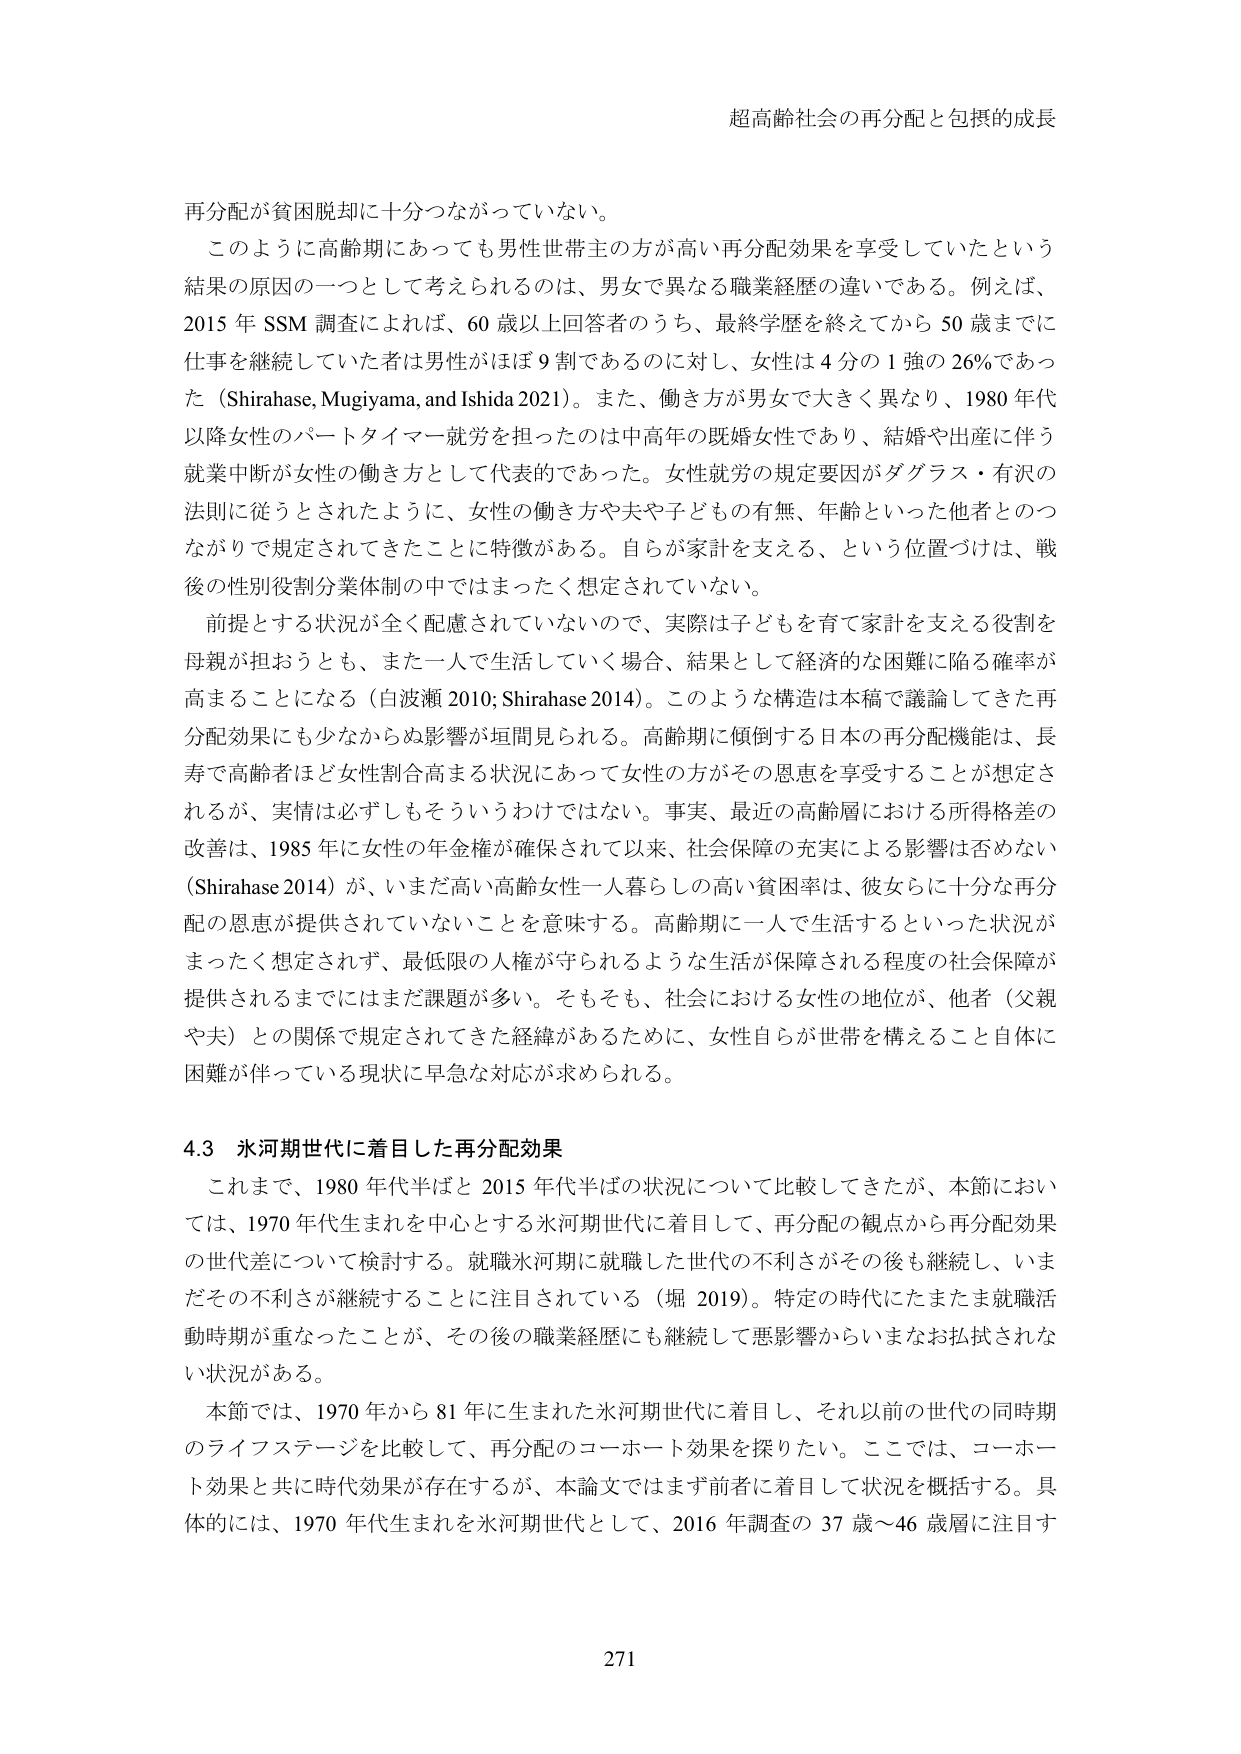
超高齢社会の再分配と包摂的成長

再分配が貧困脱却に十分つながっていない。

このように高齢期にあっても男性世帯主の方が高い再分配効果を享受していたという結果の原因の一つとして考えられるのは、男女で異なる職業経歴の違いである。例えば、2015年SSM調査によれば、60歳以上回答者のうち、最終学歴を終えてから50歳までに仕事を継続していた者は男性がほぼ9割であるのに対し、女性は4分の1強の26％であった（Shirahase, Mugiyma, and Ishida 2021）。また、働き方が男女で大きく異なり、1980年代以降女性のパートタイマー就労を担ったのは中高年の既婚女性であり、結婚や出産に伴う就業中断が女性の働き方として代表的であった。女性就労の規定要因がダグラス・有沢の法則に従うとされたように、女性の働き方や夫や子どもの有無、年齢といった他者とのつながりで規定されてきたことに特徴がある。自らが家計を支える、という位置づけは、戦後の性別役割分業体制の中ではまったく想定されていない。

前提とする状況が全く配慮されていないので、実際は子どもを育て家計を支える役割を母親が担おうとも、また一人で生活していく場合、結果として経済的な困難に陥る確率が高まることになる（白波瀬 2010; Shirahase 2014）。このような構造は本稿で議論してきた再分配効果にも少なからぬ影響が垣間見られる。高齢期に傾倒する日本の再分配機能は、長寿で高齢者ほど女性割合高まる状況にあって女性の方がその恩恵を享受することが想定されるが、実情は必ずしもそういうわけではない。事実、最近の高齢層における所得格差の改善は、1985年に女性の年金権が確保されて以来、社会保障の充実による影響は否めない（Shirahase 2014）が、いまだ高い高齢女性一人暮らしの高い貧困率は、彼女らに十分な再分配の恩恵が提供されていないことを意味する。高齢期に一人で生活するといった状況がまったく想定されず、最低限の人権が守られるような生活が保障される程度の社会保障が提供されるまでにはまだ課題が多い。そもそも、社会における女性の地位が、他者（父親や夫）との関係で規定されてきた経緯があるために、女性自らが世帯を構えること自体に困難が伴っている現状に早急な対応が求められる。

4.3 氷河期世代に着目した再分配効果

これまで、1980年代半ばと2015年代半ばの状況について比較してきたが、本節においては、1970年代生まれを中心とする氷河期世代に着目して、再分配の観点から再分配効果の世代差について検討する。就職氷河期に就職した世代の不利さがその後も継続し、いまだその不利さが継続することに注目されている（堀 2019）。特定の時代にたまたま就職活動時期が重なったことが、その後の職業経歴にも継続して悪影響からいまだお払拭されない状況がある。

本節では、1970年から81年に生まれた氷河期世代に着目し、それ以前の世代の同時期のライフステージを比較して、再分配のコーホート効果を探りたい。ここでは、コーホート効果と共に時代効果が存在するが、本論文ではまず前者に着目して状況を概括する。具体的には、1970年代生まれを氷河期世代として、2016年調査の37歳～46歳層に注目す

271